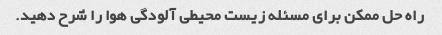
راه حل ممکن برای مسئله زیست محیطی آلودگی هوا را شرح دهید.